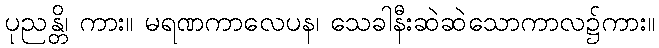
ပုညန္တိ၊ ကား။ မရဏကာလေပန၊ သေခါနီးဆဲဆဲသောကာလ၌ကား။